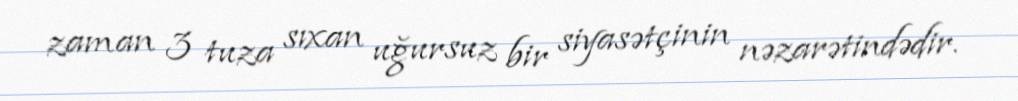
zaman 3 tuza sıxan uğursuz bir siyasətçinin nəzarətindədir.